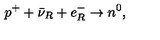
p ^ { + } + \bar { \nu } _ { R } + e _ { R } ^ { - } \to n ^ { 0 } ,